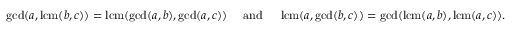
\operatorname* { g c d } ( a , \operatorname { l c m } ( b , c ) ) = \operatorname { l c m } ( \operatorname* { g c d } ( a , b ) , \operatorname* { g c d } ( a , c ) ) \quad { \mathrm { ~ a n d ~ } } \quad \operatorname { l c m } ( a , \operatorname* { g c d } ( b , c ) ) = \operatorname* { g c d } ( \operatorname { l c m } ( a , b ) , \operatorname { l c m } ( a , c ) ) .